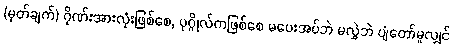
(မှတ်ချက်) ဂိုဏ်းအားလုံးဖြစ်စေ, ပုဂ္ဂိုလ်ကဖြစ်စေ မပေးအပ်ဘဲ မလွှဲဘဲ ပျံတော်မူလျှင်